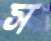
স